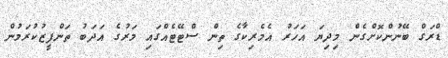
ޑްރަގް ބޭނުންކޮށްގެން މިދިޔަ އަހަރު އެމެރިކާގެ ތިން ސްޓޭޓެއްގައި މަރުގެ އަދަބު ތަންފީޒުކުރަމުން